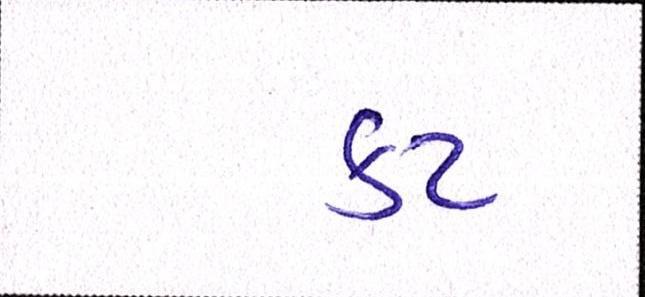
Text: કટ